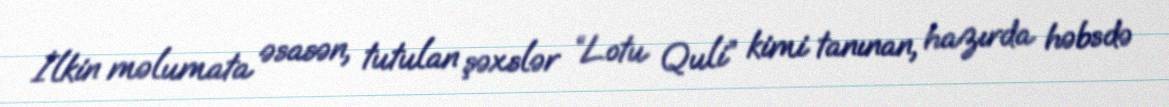
İlkin məlumata əsasən, tutulan şəxslər “Lotu Quli” kimi tanınan, hazırda həbsdə